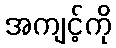
အကျင့်ကို